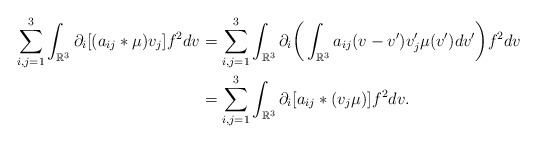
\begin{align*} \sum_{i,j=1}^3\int_{\mathbb R^3}\partial_i[(a_{ij}*\mu)v_j]f^2dv&=\sum_{i,j=1}^3\int_{\mathbb R^3}\partial_i\bigg(\int_{\mathbb R^3}a_{ij}(v-v')v_j'\mu(v')dv'\bigg)f^2dv\\ &=\sum_{i,j=1}^3\int_{\mathbb R^3}\partial_i[a_{ij}*(v_j\mu)]f^2dv. \end{align*}